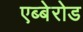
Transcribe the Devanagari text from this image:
एब्बेरोड